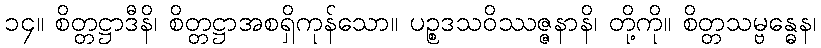
၁၄။ စိတ္တဋ္ဌာဒီနိ၊ စိတ္တဋ္ဌာအစရှိကုန်သော။ ပဉ္စဒသဝိဿဇ္ဇနာနိ၊ တို့ကို။ စိတ္တသမ္ဗန္ဓေန၊